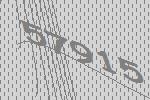
57915